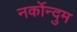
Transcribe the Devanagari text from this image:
नर्कोन्दुम